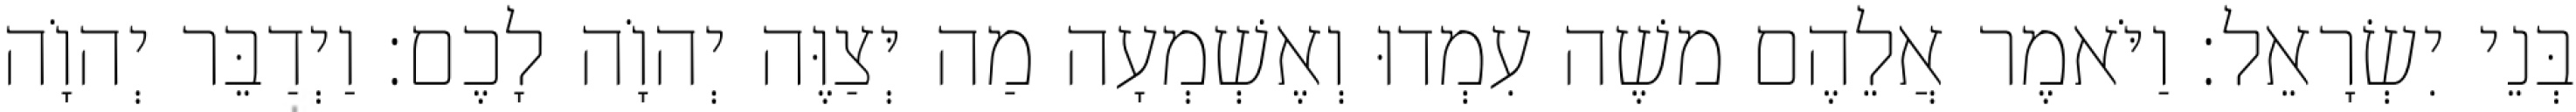
בְּנֵי יִשְׂרָאֵל׃ וַיֹּאמֶר אֲלֵהֶם משֶׁה עִמְדוּ וְאֶשְׁמְעָה מַה יְּצַוֶּה יְהוָֹה לָכֶם׃ וַיְדַבֵּר יְהוָֹה